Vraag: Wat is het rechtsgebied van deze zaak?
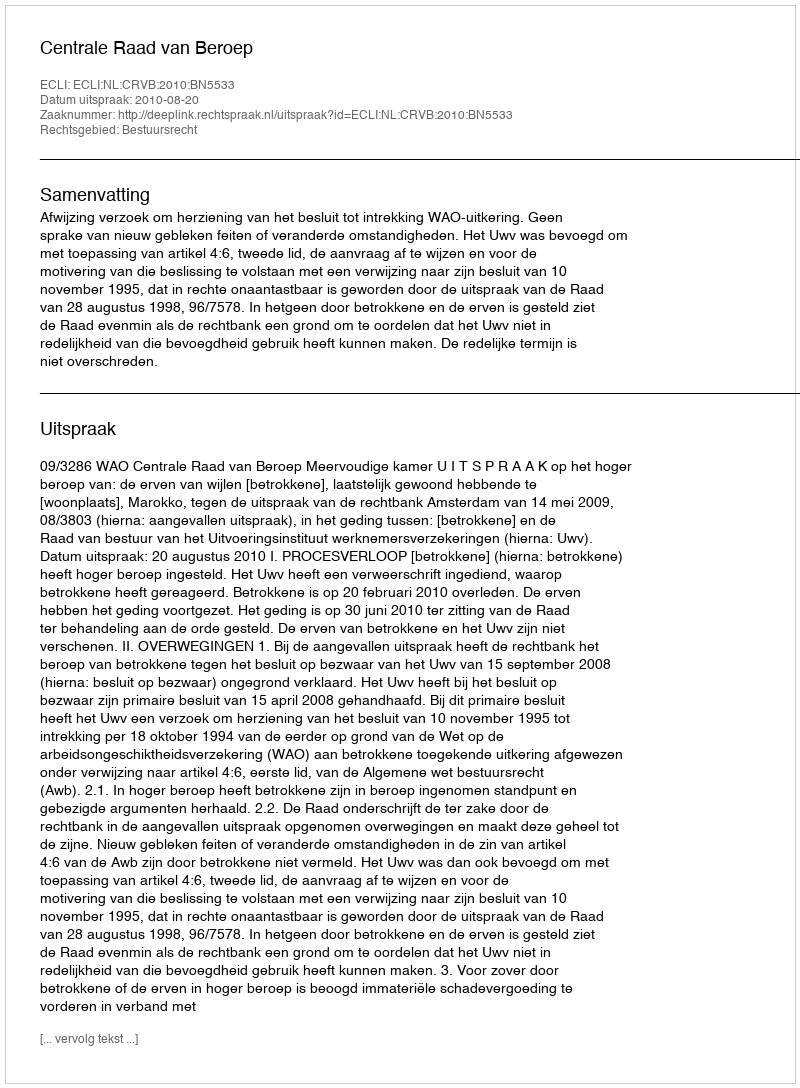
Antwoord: Bestuursrecht